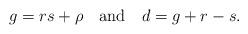
LaTeX: \begin{align*}g = rs + \rho \mbox{ \ \ and \ \ } d = g + r - s.\end{align*}